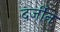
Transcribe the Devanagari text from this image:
दर्जीन